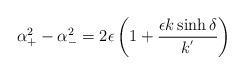
LaTeX: \begin{align*}\alpha_{+}^{2}-\alpha_{-}^2=2\epsilon\left(1+\frac{\epsilon k\sinh\delta}{k^{'}}\right)\end{align*}